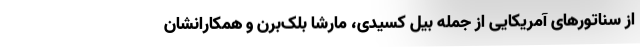
از سناتورهای آمریکایی از جمله بیل کَسیدی، مارشا بلک‌برن و همکارانشان